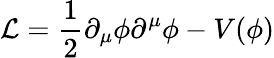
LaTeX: \mathcal{L}=\frac{1}{2}\partial_{\mu}\phi\partial^{\mu}\phi-V(\phi)